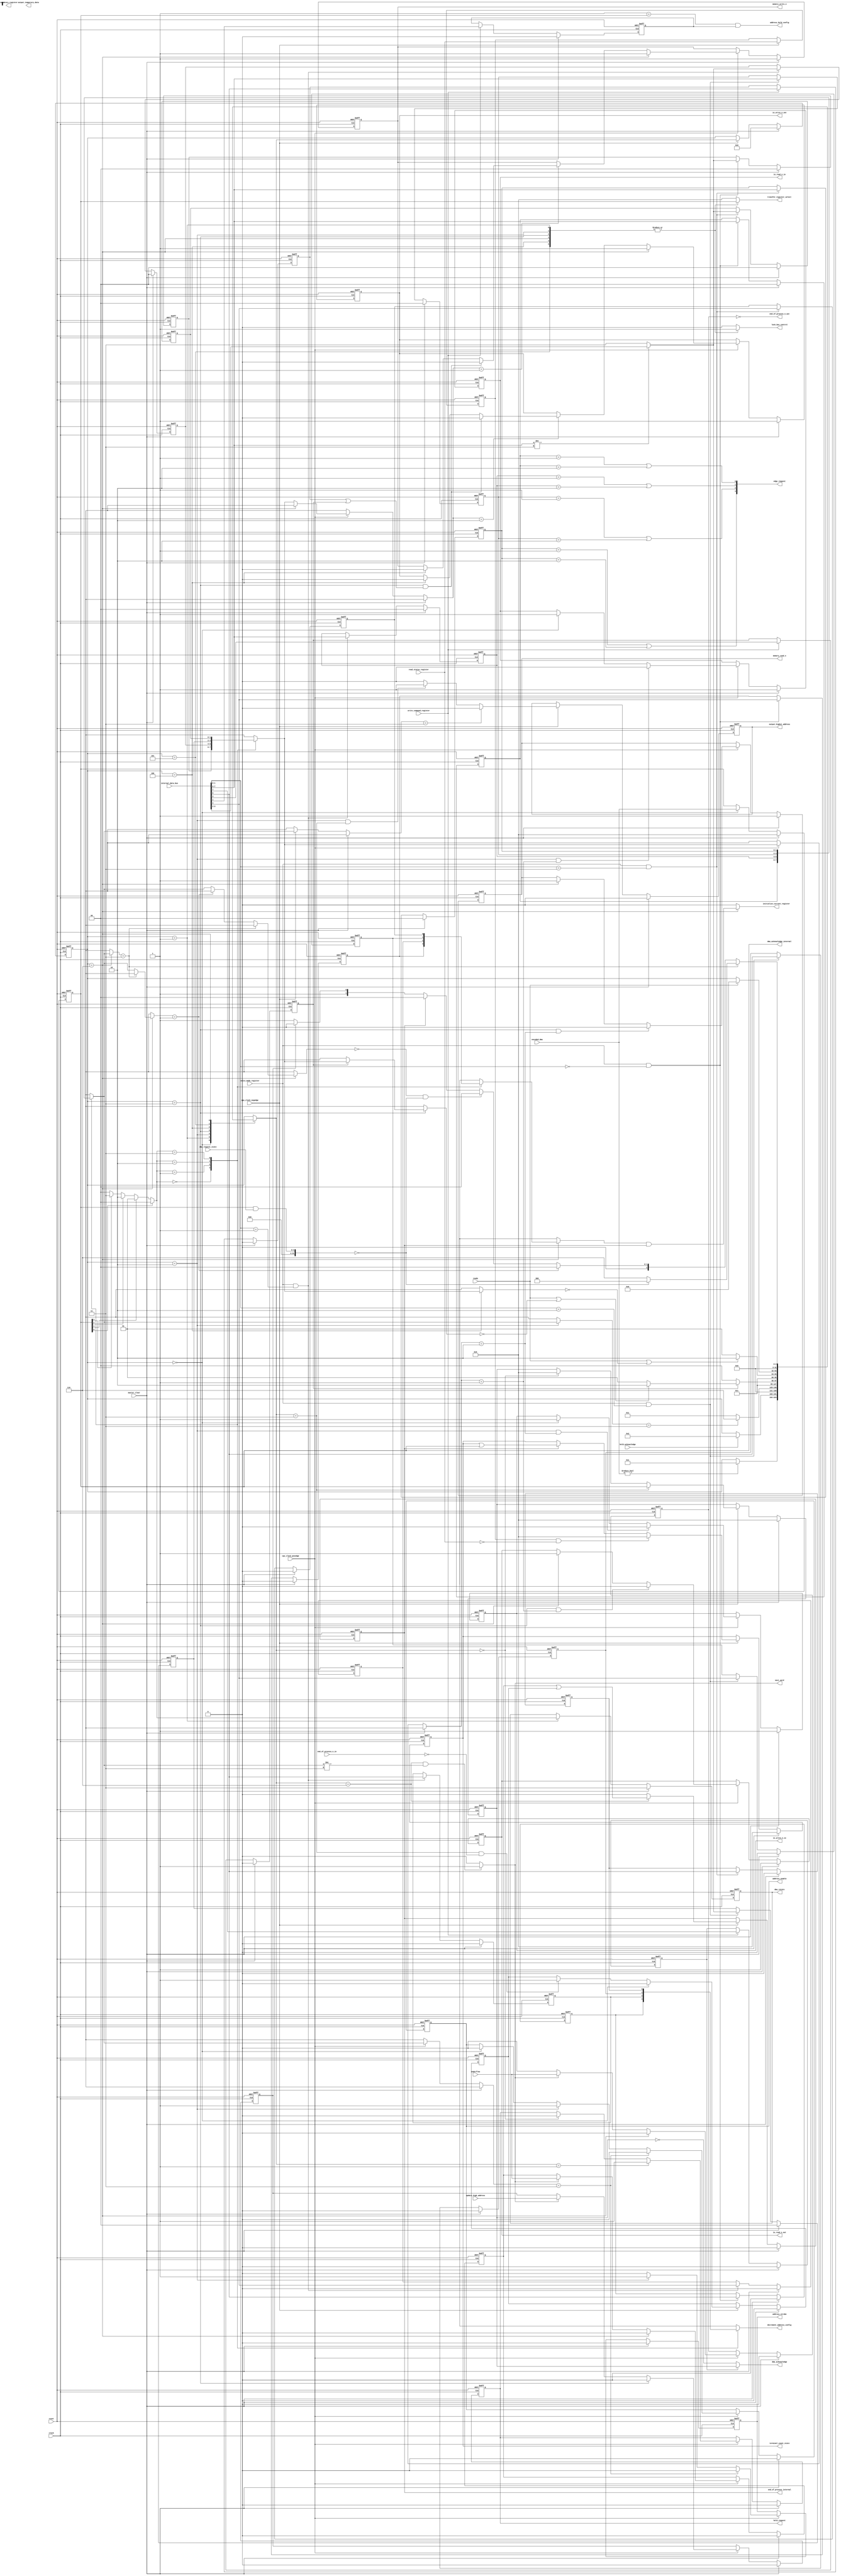
`default_nettype none

module KF8237_Timing_And_Control (
	input		wire					clock,
	input		wire					cpu_clock_posedge,
	input		wire					cpu_clock_negedge,
	input		wire					reset,
	input		wire	[7:0]			internal_data_bus,
	input		wire					write_command_register,
	input		wire					write_mode_register,
	input		wire					read_status_register,
	input		wire					master_clear,
	output	reg	[1:0]			dma_rotate,
	output	wire	[3:0]			edge_request,
	input		wire	[3:0]			dma_request_state,
	input		wire	[3:0]			encoded_dma,
	output	reg	[3:0]			dma_acknowledge_internal,
	output	reg	[3:0]			transfer_register_select,
	output	reg					initialize_current_register,
	output	reg					address_hold_config,
	output	reg					decrement_address_config,
	output	reg					next_word,
	input		wire					update_high_address,
	input		wire					underflow,
	output	reg					end_of_process_internal,
	output	reg					lock_bus_control,
	output	wire					output_temporary_data,
	output	wire	[7:0]			temporary_register,
	output	reg	[3:0]			terminal_count_state,
	output	reg					hold_request,
	input		wire					hold_acknowledge,
	output	wire	[3:0]			dma_acknowledge,
	output	reg					address_enable,
	output	reg					address_strobe,
	output	reg					output_highst_address,
	output	reg					memory_read_n,
	output	reg					memory_write_n,
	output	reg					io_read_n_out,
	output	reg					io_read_n_io,
	output	reg					io_write_n_out,
	output	reg					io_write_n_io,
	input		wire					ready,
	input		wire					end_of_process_n_in,
	output	wire					end_of_process_n_out
	);

	reg [31:0] state;
	reg [31:0] next_state;
	reg [7:0] bit_select = 8'b00011011;
	reg memory_to_memory_enable;
	reg chanel_0_address_hold_enable;
	reg compressed_timing;
	reg extended_write_selection;
	reg dack_sense_active_high;
	reg [1:0] transfer_type [0:3];
	reg autoinitialization_enable [0:3];
	reg address_decrement_select [0:3];
	reg [1:0] transfer_mode [0:3];
	wire [1:0] dma_select;
	reg [3:0] dma_acknowledge_ff;
	reg terminal_count;
	reg terminal_count_internal;
	reg reoutput_high_address;
	reg external_end_of_process;
	reg prev_read_status_register;
	always @(posedge clock or posedge reset)
		if (reset) begin
			memory_to_memory_enable <= 1'b0;
			chanel_0_address_hold_enable <= 1'b0;
			compressed_timing <= 1'b0;
			extended_write_selection <= 1'b0;
			dack_sense_active_high <= 1'b0;
		end
		else if (master_clear) begin
			memory_to_memory_enable <= 1'b0;
			chanel_0_address_hold_enable <= 1'b0;
			compressed_timing <= 1'b0;
			extended_write_selection <= 1'b0;
			dack_sense_active_high <= 1'b0;
		end
		else if (write_command_register) begin
			memory_to_memory_enable <= internal_data_bus[0];
			chanel_0_address_hold_enable <= internal_data_bus[1];
			compressed_timing <= internal_data_bus[3];
			extended_write_selection <= internal_data_bus[5];
			dack_sense_active_high <= internal_data_bus[7];
		end
		else begin
			memory_to_memory_enable <= memory_to_memory_enable;
			chanel_0_address_hold_enable <= chanel_0_address_hold_enable;
			compressed_timing <= compressed_timing;
			extended_write_selection <= extended_write_selection;
			dack_sense_active_high <= dack_sense_active_high;
		end
	genvar mode_reg_bit_i;
	generate
		for (mode_reg_bit_i = 0; mode_reg_bit_i < 4; mode_reg_bit_i = mode_reg_bit_i + 1) begin : MODE_REGISTERS
			always @(posedge clock or posedge reset)
				if (reset) begin
					transfer_type[mode_reg_bit_i] <= 2'b00;
					autoinitialization_enable[mode_reg_bit_i] <= 1'b0;
					address_decrement_select[mode_reg_bit_i] <= 1'b0;
					transfer_mode[mode_reg_bit_i] <= 2'b00;
				end
				else if (master_clear) begin
					transfer_type[mode_reg_bit_i] <= 2'b00;
					autoinitialization_enable[mode_reg_bit_i] <= 1'b0;
					address_decrement_select[mode_reg_bit_i] <= 1'b0;
					transfer_mode[mode_reg_bit_i] <= 2'b00;
				end
				else if (write_mode_register && (internal_data_bus[1:0] == bit_select[(3 - mode_reg_bit_i) * 2+:2])) begin
					transfer_type[mode_reg_bit_i] <= (internal_data_bus[7:6] != 2'b11 ? internal_data_bus[3:2] : 2'b11);
					autoinitialization_enable[mode_reg_bit_i] <= internal_data_bus[4];
					address_decrement_select[mode_reg_bit_i] <= internal_data_bus[5];
					transfer_mode[mode_reg_bit_i] <= internal_data_bus[7:6];
				end
				else begin
					transfer_type[mode_reg_bit_i] <= transfer_type[mode_reg_bit_i];
					autoinitialization_enable[mode_reg_bit_i] <= autoinitialization_enable[mode_reg_bit_i];
					address_decrement_select[mode_reg_bit_i] <= address_decrement_select[mode_reg_bit_i];
					transfer_mode[mode_reg_bit_i] <= transfer_mode[mode_reg_bit_i];
				end
			assign edge_request[mode_reg_bit_i] = (transfer_mode[mode_reg_bit_i] == 2'b01) || (transfer_mode[mode_reg_bit_i] == 2'b10);
		end
	endgenerate
	always @(*) begin
		next_state = state;
		casez (state)
			32'd0:
				if (0 != encoded_dma)
					next_state = 32'd1;
			32'd1:
				if (hold_acknowledge)
					next_state = 32'd2;
			32'd2:
				if (transfer_mode[dma_select] == 2'b11)
					next_state = 32'd6;
				else
					next_state = 32'd3;
			32'd3:
				if (~compressed_timing)
					next_state = 32'd4;
				else if (ready || (transfer_type[dma_select] == 2'b00))
					next_state = 32'd6;
				else
					next_state = 32'd5;
			32'd4:
				if (ready || (transfer_type[dma_select] == 2'b00))
					next_state = 32'd6;
				else
					next_state = 32'd5;
			32'd5:
				if (ready)
					next_state = 32'd6;
			32'd6:
				if (transfer_mode[dma_select] == 2'b11) begin
					if (0 == (dma_acknowledge_internal & dma_request_state))
						next_state = 32'd0;
					else
						next_state = 32'd6;
				end
				else if (transfer_mode[dma_select] == 2'b01)
					next_state = 32'd0;
				else if ((transfer_mode[dma_select] == 2'b00) && (0 == (dma_acknowledge_internal & dma_request_state)))
					next_state = 32'd0;
				else if (end_of_process_internal)
					next_state = 32'd0;
				else
					next_state = (reoutput_high_address ? 32'd2 : 32'd3);
			default:
				;
		endcase
	end
	always @(posedge clock or posedge reset)
		if (reset)
			state <= 32'd0;
		else if (master_clear)
			state <= 32'd0;
		else if (cpu_clock_negedge)
			state <= next_state;
		else
			state <= state;
	always @(posedge clock or posedge reset)
		if (reset)
			dma_acknowledge_internal <= 0;
		else if (master_clear)
			dma_acknowledge_internal <= 0;
		else if (state == 32'd0)
			dma_acknowledge_internal <= encoded_dma;
		else
			dma_acknowledge_internal <= dma_acknowledge_internal;
	function [1:0] KF8237_Common_Package_bit2num;
		input [3:0] source;
		if (source[0] == 1'b1)
			KF8237_Common_Package_bit2num = 2'b00;
		else if (source[1] == 1'b1)
			KF8237_Common_Package_bit2num = 2'b01;
		else if (source[2] == 1'b1)
			KF8237_Common_Package_bit2num = 2'b10;
		else if (source[3] == 1'b1)
			KF8237_Common_Package_bit2num = 2'b11;
		else
			KF8237_Common_Package_bit2num = 2'b00;
	endfunction
	assign dma_select = KF8237_Common_Package_bit2num(dma_acknowledge_internal);
	always @(posedge clock or posedge reset)
		if (reset)
			dma_rotate <= 2'd3;
		else if (master_clear)
			dma_rotate <= 2'd3;
		else if (state == 32'd1)
			dma_rotate <= dma_select;
		else
			dma_rotate <= dma_rotate;
	always @(*) begin
		address_hold_config = (4'b0001 == dma_acknowledge_internal) & chanel_0_address_hold_enable;
		decrement_address_config = address_decrement_select[dma_select];
		next_word = ((next_state == 32'd6) && (transfer_mode[dma_select] != 2'b11) ? 1'b1 : 1'b0);
		casez (state)
			32'd0: begin
				transfer_register_select = 0;
				initialize_current_register = 0;
				lock_bus_control = 0;
			end
			32'd1: begin
				transfer_register_select = dma_acknowledge_internal;
				initialize_current_register = 0;
				lock_bus_control = 1'b1;
			end
			32'd2: begin
				transfer_register_select = dma_acknowledge_internal;
				initialize_current_register = 0;
				lock_bus_control = 1'b1;
			end
			32'd3: begin
				transfer_register_select = dma_acknowledge_internal;
				initialize_current_register = 0;
				lock_bus_control = 1'b1;
			end
			32'd4: begin
				transfer_register_select = dma_acknowledge_internal;
				initialize_current_register = 0;
				lock_bus_control = 1'b1;
			end
			32'd5: begin
				transfer_register_select = dma_acknowledge_internal;
				initialize_current_register = 0;
				lock_bus_control = 1'b1;
			end
			32'd6: begin
				transfer_register_select = dma_acknowledge_internal;
				initialize_current_register = autoinitialization_enable[dma_select] & end_of_process_internal;
				lock_bus_control = 1'b1;
			end
			default: begin
				transfer_register_select = 0;
				initialize_current_register = 0;
				lock_bus_control = 0;
			end
		endcase
	end
	always @(posedge clock or posedge reset)
		if (reset)
			hold_request <= 1'b0;
		else if (master_clear)
			hold_request <= 1'b0;
		else if (cpu_clock_posedge) begin
			if (next_state == 32'd1)
				hold_request <= 1'b1;
			else if (next_state == 32'd0)
				hold_request <= 1'b0;
			else
				hold_request <= hold_request;
		end
		else
			hold_request <= hold_request;
	always @(posedge clock or posedge reset)
		if (reset)
			address_enable <= 1'b0;
		else if (master_clear)
			address_enable <= 1'b0;
		else if (cpu_clock_posedge) begin
			if (transfer_mode[dma_select] == 2'b11)
				address_enable <= 1'b0;
			else if (state == 32'd2)
				address_enable <= 1'b1;
			else if (state == 32'd0)
				address_enable <= 1'b0;
			else
				address_enable <= address_enable;
		end
		else
			address_enable <= address_enable;
	always @(posedge clock or posedge reset)
		if (reset)
			address_strobe <= 1'b0;
		else if (master_clear)
			address_strobe <= 1'b0;
		else if (cpu_clock_posedge) begin
			if (transfer_mode[dma_select] == 2'b11)
				address_strobe <= 1'b0;
			else if (state == 32'd2)
				address_strobe <= 1'b1;
			else
				address_strobe <= 1'b0;
		end
		else
			address_strobe <= address_strobe;
	always @(posedge clock or posedge reset)
		if (reset)
			output_highst_address <= 1'b0;
		else if (master_clear)
			output_highst_address <= 1'b0;
		else if (cpu_clock_negedge) begin
			if (transfer_mode[dma_select] == 2'b11)
				output_highst_address <= 1'b0;
			else if ((state == 32'd2) && (next_state == 32'd3))
				output_highst_address <= 1'b1;
			else
				output_highst_address <= 1'b0;
		end
		else
			output_highst_address <= output_highst_address;
	always @(posedge clock or posedge reset)
		if (reset)
			dma_acknowledge_ff <= 0;
		else if (master_clear)
			dma_acknowledge_ff <= 0;
		else if (cpu_clock_negedge) begin
			if (next_state == 32'd3)
				dma_acknowledge_ff <= dma_acknowledge_internal;
			else if (next_state == 32'd0)
				dma_acknowledge_ff <= 0;
			else
				dma_acknowledge_ff <= dma_acknowledge_ff;
		end
		else
			dma_acknowledge_ff <= dma_acknowledge_ff;
	assign dma_acknowledge = (dack_sense_active_high ? dma_acknowledge_ff : ~dma_acknowledge_ff);
	always @(posedge clock or posedge reset)
		if (reset)
			io_read_n_io <= 1'b1;
		else if (master_clear)
			io_read_n_io <= 1'b1;
		else if (cpu_clock_posedge) begin
			if ((state == 32'd2) && (transfer_type[dma_select] == 2'b01))
				io_read_n_io <= 1'b0;
			else if (state == 32'd0)
				io_read_n_io <= 1'b1;
			else
				io_read_n_io <= io_read_n_io;
		end
		else
			io_read_n_io <= io_read_n_io;
	always @(posedge clock or posedge reset)
		if (reset)
			io_read_n_out <= 1'b1;
		else if (master_clear)
			io_read_n_out <= 1'b1;
		else if (cpu_clock_posedge) begin
			if ((state == 32'd3) && (transfer_type[dma_select] == 2'b01))
				io_read_n_out <= 1'b0;
			else if (state == 32'd6)
				io_read_n_out <= 1'b1;
			else
				io_read_n_out <= io_read_n_out;
		end
		else
			io_read_n_out <= io_read_n_out;
	always @(posedge clock or posedge reset)
		if (reset)
			memory_read_n <= 1'b1;
		else if (master_clear)
			memory_read_n <= 1'b1;
		else if (cpu_clock_posedge) begin
			if ((state == 32'd3) && (transfer_type[dma_select] == 2'b10))
				memory_read_n <= 1'b0;
			else if (state == 32'd6)
				memory_read_n <= 1'b1;
			else
				memory_read_n <= memory_read_n;
		end
		else
			memory_read_n <= memory_read_n;
	always @(posedge clock or posedge reset)
		if (reset)
			io_write_n_io <= 1'b1;
		else if (master_clear)
			io_write_n_io <= 1'b1;
		else if (cpu_clock_posedge) begin
			if ((state == 32'd2) && (transfer_type[dma_select] == 2'b10))
				io_write_n_io <= 1'b0;
			else if (state == 32'd0)
				io_write_n_io <= 1'b1;
			else
				io_write_n_io <= io_write_n_io;
		end
		else
			io_write_n_io <= io_write_n_io;
	always @(posedge clock or posedge reset)
		if (reset)
			io_write_n_out <= 1'b1;
		else if (master_clear)
			io_write_n_out <= 1'b1;
		else if (cpu_clock_posedge) begin
			if (state == 32'd6)
				io_write_n_out <= 1'b1;
			else if (transfer_type[dma_select] == 2'b10) begin
				if ((state == 32'd3) && (extended_write_selection || compressed_timing))
					io_write_n_out <= 1'b0;
				else if (state == 32'd4)
					io_write_n_out <= 1'b0;
				else
					io_write_n_out <= io_write_n_out;
			end
			else
				io_write_n_out <= io_write_n_out;
		end
		else
			io_write_n_out <= io_write_n_out;
	always @(posedge clock or posedge reset)
		if (reset)
			memory_write_n <= 1'b1;
		else if (master_clear)
			memory_write_n <= 1'b1;
		else if (cpu_clock_posedge) begin
			if (state == 32'd6)
				memory_write_n <= 1'b1;
			else if (transfer_type[dma_select] == 2'b01) begin
				if ((state == 32'd3) && (extended_write_selection || compressed_timing))
					memory_write_n <= 1'b0;
				else if (state == 32'd4)
					memory_write_n <= 1'b0;
				else
					memory_write_n <= memory_write_n;
			end
			else
				memory_write_n <= memory_write_n;
		end
		else
			memory_write_n <= memory_write_n;
	always @(posedge clock or posedge reset)
		if (reset)
			reoutput_high_address <= 1'b0;
		else if (master_clear)
			reoutput_high_address <= 1'b0;
		else if (cpu_clock_posedge) begin
			if (state == 32'd3)
				reoutput_high_address <= 1'b0;
			else if (next_word)
				reoutput_high_address <= update_high_address;
			else
				reoutput_high_address <= reoutput_high_address;
		end
		else
			reoutput_high_address <= reoutput_high_address;
	always @(posedge clock or posedge reset)
		if (reset) begin
			terminal_count <= 1'b0;
			terminal_count_internal <= 1'b0;
		end
		else if (master_clear) begin
			terminal_count <= 1'b0;
			terminal_count_internal <= 1'b0;
		end
		else if (cpu_clock_posedge) begin
			if (state == 32'd6) begin
				terminal_count <= 1'b0;
				terminal_count_internal <= 1'b0;
			end
			else if (next_word) begin
				terminal_count <= underflow;
				terminal_count_internal <= underflow;
			end
			else begin
				terminal_count <= 1'b0;
				terminal_count_internal <= terminal_count_internal;
			end
		end
		else begin
			terminal_count <= terminal_count;
			terminal_count_internal <= terminal_count_internal;
		end
	assign end_of_process_n_out = ~terminal_count;
	always @(posedge clock or posedge reset)
		if (reset)
			external_end_of_process <= 1'b0;
		else if (master_clear)
			external_end_of_process <= 1'b0;
		else if (cpu_clock_negedge) begin
			if (state == 32'd0)
				external_end_of_process <= 1'b0;
			else if ((next_state == 32'd3) && ~end_of_process_n_in)
				external_end_of_process <= 1'b1;
			else
				external_end_of_process <= external_end_of_process;
		end
		else
			external_end_of_process <= external_end_of_process;
	always @(posedge clock or posedge reset)
		if (reset)
			end_of_process_internal <= 1'b0;
		else if (master_clear)
			end_of_process_internal <= 1'b0;
		else if (cpu_clock_negedge) begin
			if (next_state == 32'd6)
				end_of_process_internal <= terminal_count_internal | external_end_of_process;
			else
				end_of_process_internal <= 1'b0;
		end
		else
			end_of_process_internal <= end_of_process_internal;
	always @(posedge clock or posedge reset)
		if (reset)
			prev_read_status_register <= 1'b0;
		else if (cpu_clock_negedge)
			prev_read_status_register <= read_status_register;
		else
			prev_read_status_register <= prev_read_status_register;
	always @(posedge clock or posedge reset)
		if (reset)
			terminal_count_state <= 0;
		else if (master_clear)
			terminal_count_state <= 0;
		else if (cpu_clock_negedge) begin
			if (prev_read_status_register & ~read_status_register)
				terminal_count_state <= 0;
			else if (end_of_process_internal)
				terminal_count_state <= terminal_count_state | dma_acknowledge_internal;
			else
				terminal_count_state <= terminal_count_state;
		end
		else
			terminal_count_state <= terminal_count_state;
endmodule